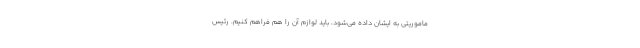
ماموریتی به ایشان داده می‌شود، باید لوازم آن را هم فراهم کنیم. رئیس